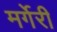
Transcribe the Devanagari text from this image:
मर्गेरी